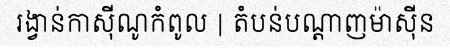
រង្វាន់កាស៊ីណូកំពូល | តំបន់បណ្តាញម៉ាស៊ីន